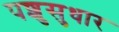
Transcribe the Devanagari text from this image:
पशुसुधार